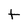
Character: t